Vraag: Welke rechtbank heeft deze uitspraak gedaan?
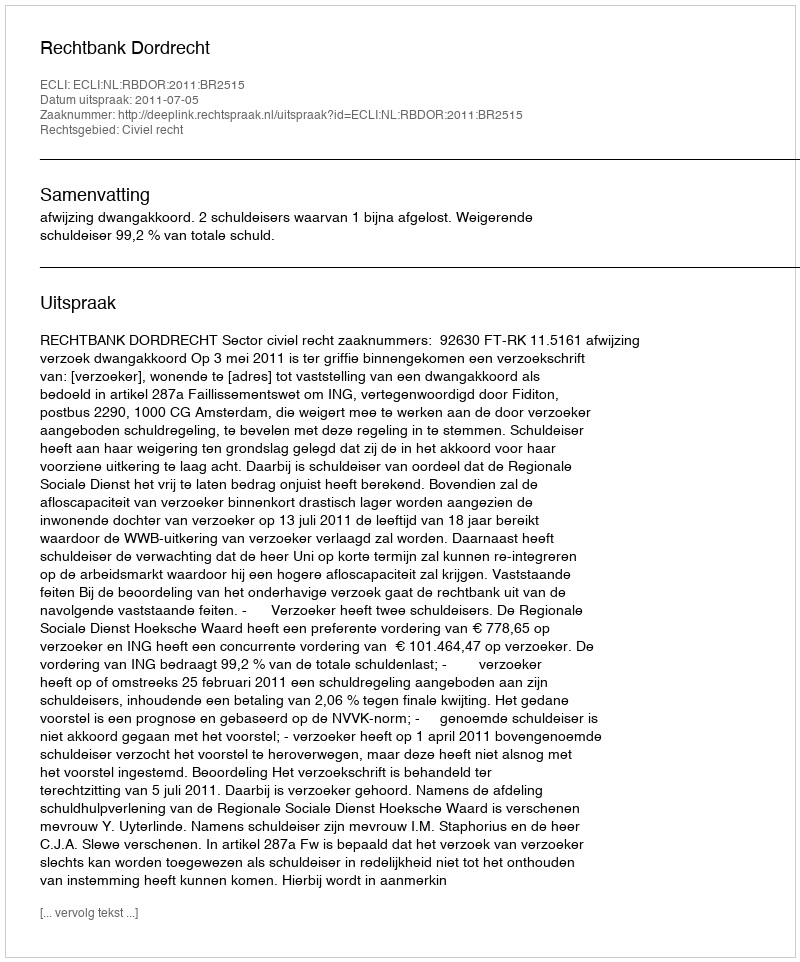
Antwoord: Rechtbank Dordrecht